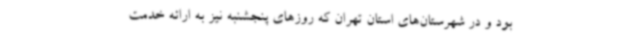
بود و در شهرستان‌های استان تهران که روزهای پنجشنبه نیز به ارائه خدمت